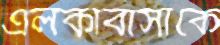
এলকাবাসীকে